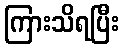
ကြားသိရပြီး